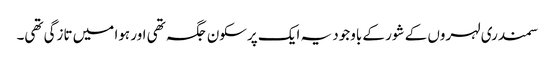
سمندری لہروں کے شور کے باوجود یہ ایک پرسکون جگہ تھی اور ہوا میں تازگی تھی۔